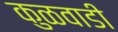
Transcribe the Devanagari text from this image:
कुळवाडी